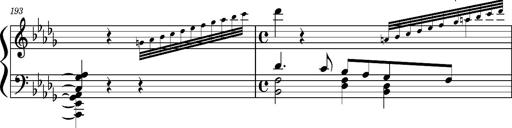
Title: Concerto sans orchestre, S.524a
Composer: Franz Liszt
Key: A major